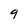
Character: 9